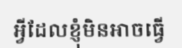
អ្វីដែលខ្ញុំមិនអាចធ្វើ